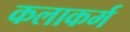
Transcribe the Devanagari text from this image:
कलाकर्म